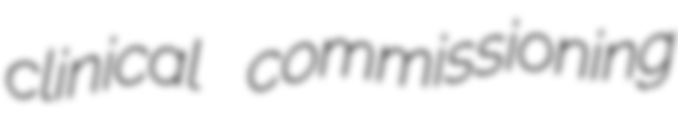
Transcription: clinical commissioning